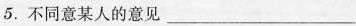
5.不同意某人的意见___